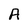
Character: A